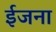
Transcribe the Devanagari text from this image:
ईजना